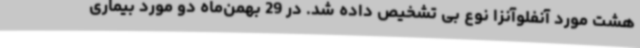
هشت مورد آنفلوآنزا نوع بی تشخیص داده شد. در 29 بهمن‌ماه دو مورد بیماری